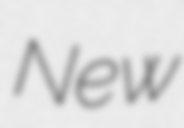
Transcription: New